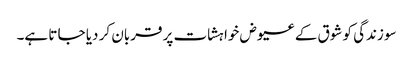
سو زندگی کو شوق کے عیوض خواہشات پر قربان کر دیا جا تا ہے۔